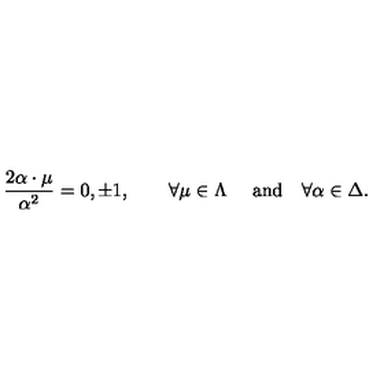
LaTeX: { \frac { 2 \alpha \cdot \mu } { \alpha ^ { 2 } } } = 0 , \pm 1 , \quad \quad \forall \mu \in \Lambda \quad \ \mathrm { a n d } \quad \forall \alpha \in \Delta .